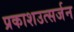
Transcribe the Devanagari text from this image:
प्रकाशउत्सर्जन